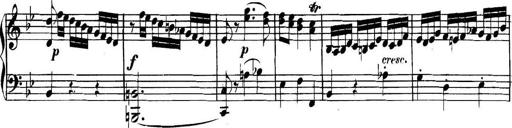
Title: Collected Piano Sonatas
Composer: Muzio Clementi